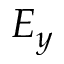
E _ { y }